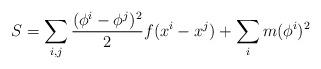
LaTeX: \begin{align*}S= \sum_{i,j} {(\phi^i-\phi^j)^2 \over 2} f(x^i-x^j) + \sum_{i} m (\phi^i)^2\end{align*}